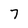
Character: 7